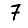
Digit: 7